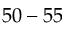
5 0 - 5 5